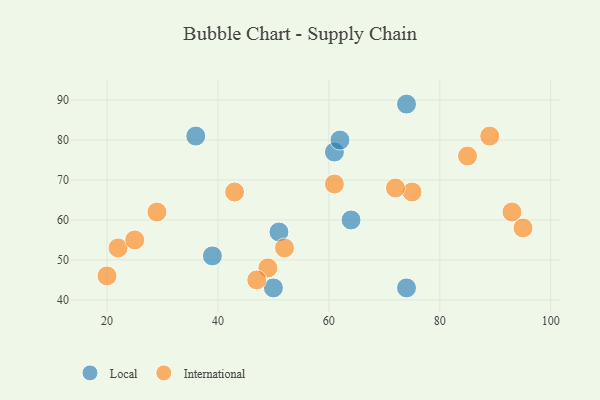
{"axis": {"x": "GDP", "y": "Life Expectancy"}, "legend": ["International", "Local"], "data": [{"x": "74", "y": 89, "type": "Local"}, {"x": "50", "y": 43, "type": "Local"}, {"x": "61", "y": 77, "type": "Local"}, {"x": "62", "y": 80, "type": "Local"}, {"x": "64", "y": 60, "type": "Local"}, {"x": "39", "y": 51, "type": "Local"}, {"x": "51", "y": 57, "type": "Local"}, {"x": "36", "y": 81, "type": "Local"}, {"x": "74", "y": 43, "type": "Local"}, {"x": "22", "y": 53, "type": "International"}, {"x": "20", "y": 46, "type": "International"}, {"x": "89", "y": 81, "type": "International"}, {"x": "29", "y": 62, "type": "International"}, {"x": "75", "y": 67, "type": "International"}, {"x": "49", "y": 48, "type": "International"}, {"x": "52", "y": 53, "type": "International"}, {"x": "93", "y": 62, "type": "International"}, {"x": "72", "y": 68, "type": "International"}, {"x": "85", "y": 76, "type": "International"}, {"x": "25", "y": 55, "type": "International"}, {"x": "95", "y": 58, "type": "International"}, {"x": "61", "y": 69, "type": "International"}, {"x": "47", "y": 45, "type": "International"}, {"x": "43", "y": 67, "type": "International"}]}